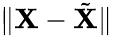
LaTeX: \lVert\mathbf{X}-\tilde{\mathbf{X}}\rVert